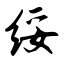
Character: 绥